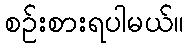
စဉ်းစားရပါမယ်။